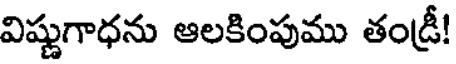
విష్ణుగాధను ఆలకింపుము తండ్రీ!